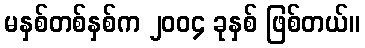
မနှစ်တစ်နှစ်က ၂၀၀၄ ခုနှစ် ဖြစ်တယ်။